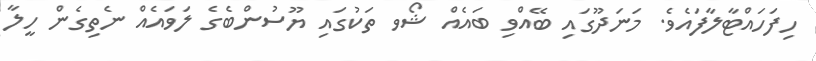
ހިފަހައްޓާލާފައެވެ. މަނަދޫގައި ބޭއްވި ބައެއް ޝޯވ ތަކުގައި ޔޫސުންބެގެ ލަވައެއް ނެތިގެން ހީލާ